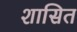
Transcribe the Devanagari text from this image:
शासित